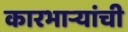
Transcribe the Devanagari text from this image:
कारभार्‍यांची